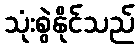
သုံးစွဲနိုင်သည်